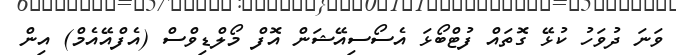
ވަނަ ދުވަހު ކުޅޭ ގޮތައް ފުޓްބޯޅަ އެސޯސިއޭޝަން އޮފް މޯލްޑިވްސް (އެފްއޭއެމް) އިން